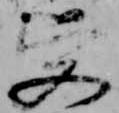
受